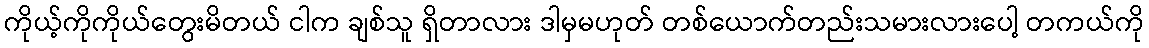
ကိုယ့်ကိုကိုယ်တွေးမိတယ် ငါက ချစ်သူ ရှိတာလား ဒါမှမဟုတ် တစ်ယောက်တည်းသမားလားပေါ့ တကယ်ကို